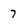
Character: 7